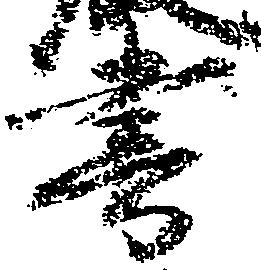
書